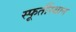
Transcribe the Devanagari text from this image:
स्फूर्तीस्थान